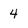
Character: 4